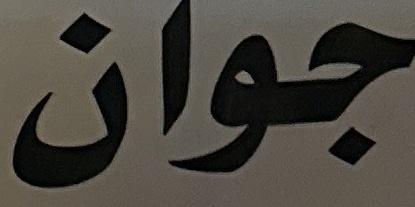
جوان